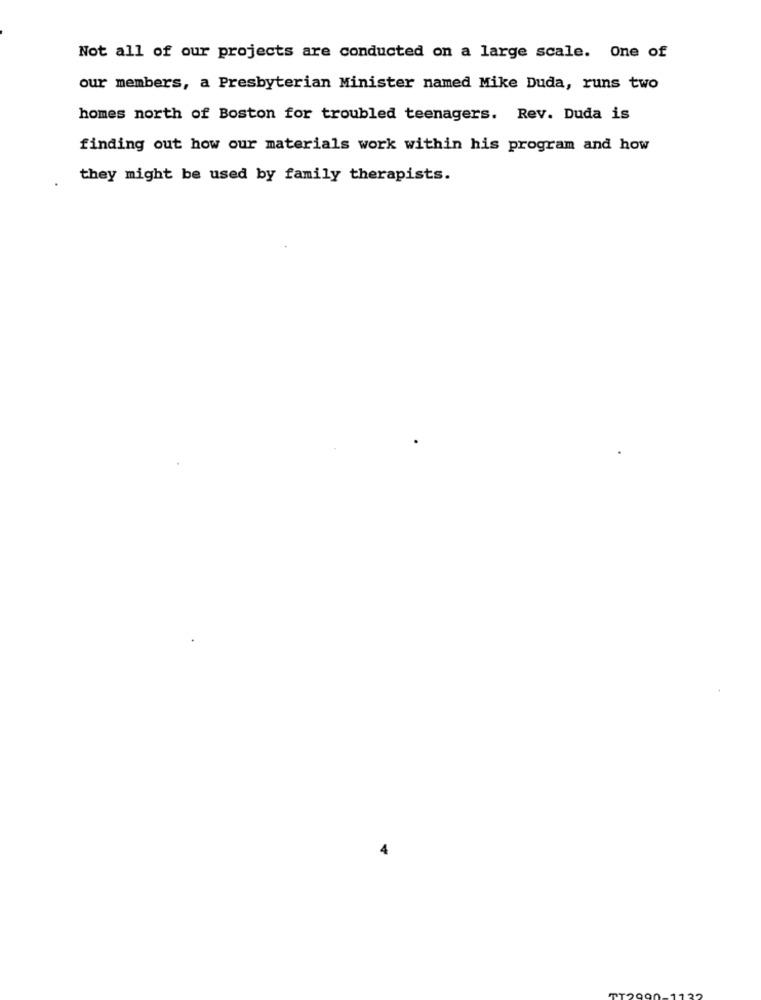
Not all of our projects are conducted on a large scale. One of
our members, a Presbyterian Minister named Mike Duda, runs two
homes north of Boston for troubled teenagers. Rev. Duda is
finding out how our materials work within his program and how
they might be used by family therapists.